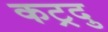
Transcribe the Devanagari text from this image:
कट्रदु